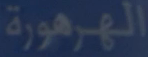
الهرهورة